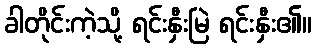
ခါတိုင်းကဲ့သို့ ရင်းနှီးမြဲ ရင်းနှီး၏။